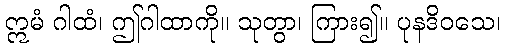
ဣမံ ဂါထံ၊ ဤဂါထာကို။ သုတွာ၊ ကြား၍။ ပုနဒိဝသေ၊